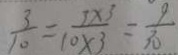
\frac { 3 } { 1 0 } = \frac { 3 \times 3 } { 1 0 \times 3 } = \frac { 9 } { 3 0 }